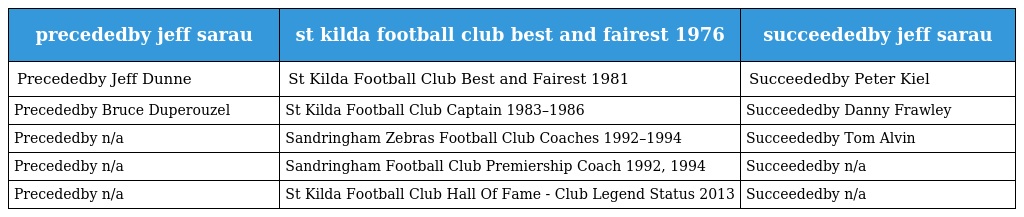
| precededby jeff sarau | st kilda football club best and fairest 1976 | succeededby jeff sarau |
 | --- | --- | --- |
 | Precededby Jeff Dunne | St Kilda Football Club Best and Fairest 1981 | Succeededby Peter Kiel |
 | Precededby Bruce Duperouzel | St Kilda Football Club Captain 1983–1986 | Succeededby Danny Frawley |
 | Precededby n/a | Sandringham Zebras Football Club Coaches 1992–1994 | Succeededby Tom Alvin |
 | Precededby n/a | Sandringham Football Club Premiership Coach 1992, 1994 | Succeededby n/a |
 | Precededby n/a | St Kilda Football Club Hall Of Fame - Club Legend Status 2013 | Succeededby n/a |